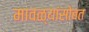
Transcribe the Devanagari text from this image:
मावळ्यांसोबत